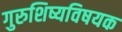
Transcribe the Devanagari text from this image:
गुरुशिष्यविषयक